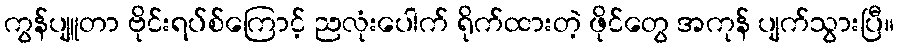
ကွန်ပျူတာ ဗိုင်းရပ်စ်ကြောင့် ညလုံးပေါက် ရိုက်ထားတဲ့ ဖိုင်တွေ အကုန် ပျက်သွားပြီ။